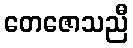
တေဇောသညီ